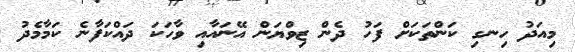
މިއަދު ހިނގި ކަންތަކަށް ފަހު ދެން ޒިވްޔަން އޭނައާއި ވާހަކަ ދައްކަފާނެ ކަމާމެދު